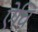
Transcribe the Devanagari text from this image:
ऐवि